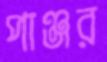
পাঞ্জর